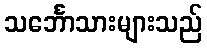
သင်္ဘောသားများသည်